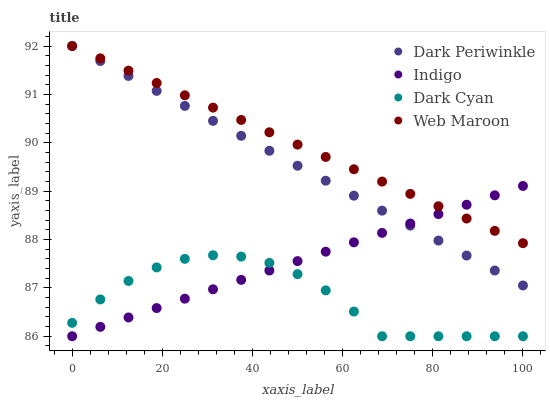
| xaxis_label | Dark Periwinkle | Indigo | Dark Cyan | Web Maroon |
 | --- | --- | --- | --- | --- |
 | 0 | 92 | 86 | 86.3 | 92 |
 | 6.25 | 91.7 | 86.2 | 86.8 | 91.7 |
 | 12.5 | 91.4 | 86.4 | 87.1 | 91.5 |
 | 18.8 | 91.1 | 86.6 | 87.4 | 91.2 |
 | 25 | 90.8 | 86.8 | 87.6 | 91 |
 | 31.2 | 90.5 | 87 | 87.7 | 90.7 |
 | 37.5 | 90.1 | 87.2 | 87.6 | 90.5 |
 | 43.8 | 89.8 | 87.4 | 87.5 | 90.2 |
 | 50 | 89.5 | 87.6 | 87.3 | 90 |
 | 56.2 | 89.2 | 87.7 | 86.9 | 89.7 |
 | 62.5 | 88.9 | 87.9 | 86.5 | 89.5 |
 | 68.8 | 88.6 | 88.1 | 86 | 89.2 |
 | 75 | 88.3 | 88.3 | 86 | 88.9 |
 | 81.2 | 88 | 88.5 | 86 | 88.7 |
 | 87.5 | 87.7 | 88.7 | 86 | 88.4 |
 | 93.8 | 87.4 | 88.9 | 86 | 88.2 |
 | 100 | 87 | 89.1 | 86 | 87.9 |